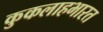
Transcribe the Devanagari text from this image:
कुकलाहभारत